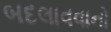
બદલાવવાનો